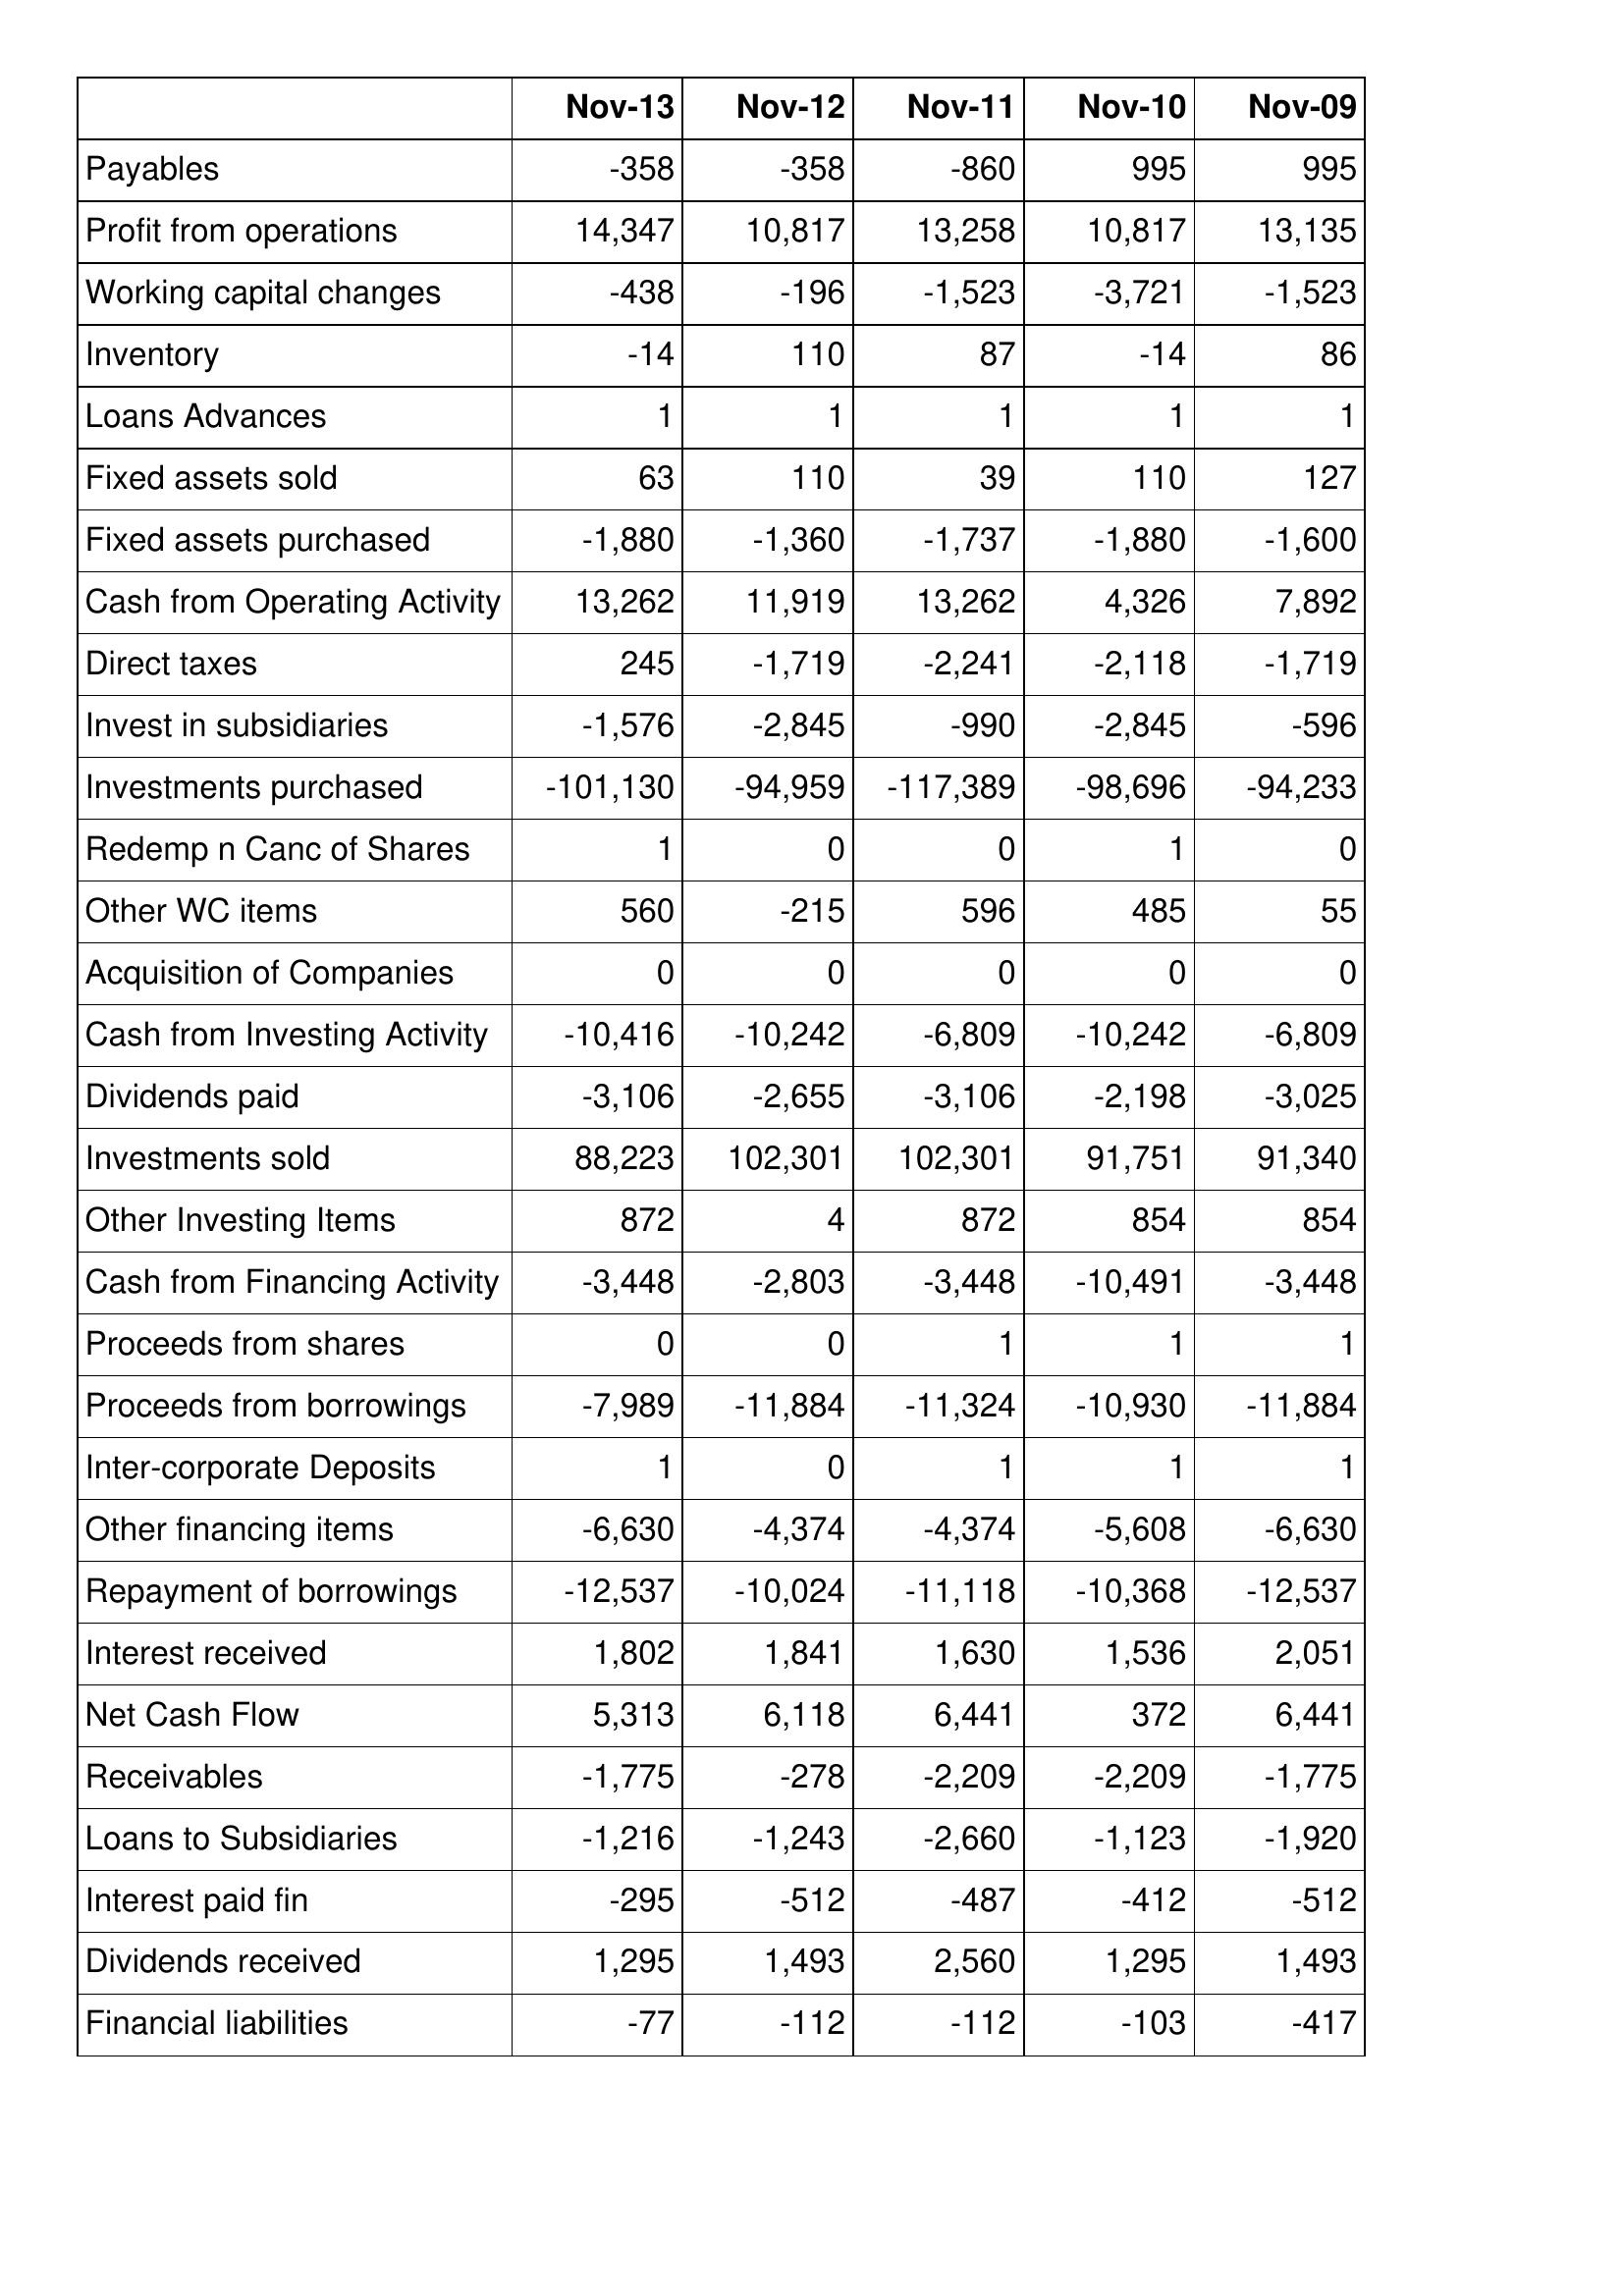
Nov-13: Cash Flows: Payables: -358
Profit from operations: 14,347
Working capital changes: -438
Inventory: -14
Loans Advances: 1
Fixed assets sold: 63
Fixed assets purchased: -1,880
Cash from Operating Activity: 13,262
Direct taxes: 245
Invest in subsidiaries: -1,576
Investments purchased: -101,130
Redemp n Canc of Shares: 1
Other WC items: 560
Acquisition of Companies: 0
Cash from Investing Activity: -10,416
Dividends paid: -3,106
Investments sold: 88,223
Other Investing Items: 872
Cash from Financing Activity: -3,448
Proceeds from shares: 0
Proceeds from borrowings: -7,989
Inter-corporate Deposits: 1
Other financing items: -6,630
Repayment of borrowings: -12,537
Interest received: 1,802
Net Cash Flow: 5,313
Receivables: -1,775
Loans to Subsidiaries: -1,216
Interest paid fin: -295
Dividends received: 1,295
Financial liabilities: -77
Nov-12: Cash Flows: Payables: -358
Profit from operations: 10,817
Working capital changes: -196
Inventory: 110
Loans Advances: 1
Fixed assets sold: 110
Fixed assets purchased: -1,360
Cash from Operating Activity: 11,919
Direct taxes: -1,719
Invest in subsidiaries: -2,845
Investments purchased: -94,959
Redemp n Canc of Shares: 0
Other WC items: -215
Acquisition of Companies: 0
Cash from Investing Activity: -10,242
Dividends paid: -2,655
Investments sold: 102,301
Other Investing Items: 4
Cash from Financing Activity: -2,803
Proceeds from shares: 0
Proceeds from borrowings: -11,884
Inter-corporate Deposits: 0
Other financing items: -4,374
Repayment of borrowings: -10,024
Interest received: 1,841
Net Cash Flow: 6,118
Receivables: -278
Loans to Subsidiaries: -1,243
Interest paid fin: -512
Dividends received: 1,493
Financial liabilities: -112
Nov-11: Cash Flows: Payables: -860
Profit from operations: 13,258
Working capital changes: -1,523
Inventory: 87
Loans Advances: 1
Fixed assets sold: 39
Fixed assets purchased: -1,737
Cash from Operating Activity: 13,262
Direct taxes: -2,241
Invest in subsidiaries: -990
Investments purchased: -117,389
Redemp n Canc of Shares: 0
Other WC items: 596
Acquisition of Companies: 0
Cash from Investing Activity: -6,809
Dividends paid: -3,106
Investments sold: 102,301
Other Investing Items: 872
Cash from Financing Activity: -3,448
Proceeds from shares: 1
Proceeds from borrowings: -11,324
Inter-corporate Deposits: 1
Other financing items: -4,374
Repayment of borrowings: -11,118
Interest received: 1,630
Net Cash Flow: 6,441
Receivables: -2,209
Loans to Subsidiaries: -2,660
Interest paid fin: -487
Dividends received: 2,560
Financial liabilities: -112
Nov-10: Cash Flows: Payables: 995
Profit from operations: 10,817
Working capital changes: -3,721
Inventory: -14
Loans Advances: 1
Fixed assets sold: 110
Fixed assets purchased: -1,880
Cash from Operating Activity: 4,326
Direct taxes: -2,118
Invest in subsidiaries: -2,845
Investments purchased: -98,696
Redemp n Canc of Shares: 1
Other WC items: 485
Acquisition of Companies: 0
Cash from Investing Activity: -10,242
Dividends paid: -2,198
Investments sold: 91,751
Other Investing Items: 854
Cash from Financing Activity: -10,491
Proceeds from shares: 1
Proceeds from borrowings: -10,930
Inter-corporate Deposits: 1
Other financing items: -5,608
Repayment of borrowings: -10,368
Interest received: 1,536
Net Cash Flow: 372
Receivables: -2,209
Loans to Subsidiaries: -1,123
Interest paid fin: -412
Dividends received: 1,295
Financial liabilities: -103
Nov-09: Cash Flows: Payables: 995
Profit from operations: 13,135
Working capital changes: -1,523
Inventory: 86
Loans Advances: 1
Fixed assets sold: 127
Fixed assets purchased: -1,600
Cash from Operating Activity: 7,892
Direct taxes: -1,719
Invest in subsidiaries: -596
Investments purchased: -94,233
Redemp n Canc of Shares: 0
Other WC items: 55
Acquisition of Companies: 0
Cash from Investing Activity: -6,809
Dividends paid: -3,025
Investments sold: 91,340
Other Investing Items: 854
Cash from Financing Activity: -3,448
Proceeds from shares: 1
Proceeds from borrowings: -11,884
Inter-corporate Deposits: 1
Other financing items: -6,630
Repayment of borrowings: -12,537
Interest received: 2,051
Net Cash Flow: 6,441
Receivables: -1,775
Loans to Subsidiaries: -1,920
Interest paid fin: -512
Dividends received: 1,493
Financial liabilities: -417